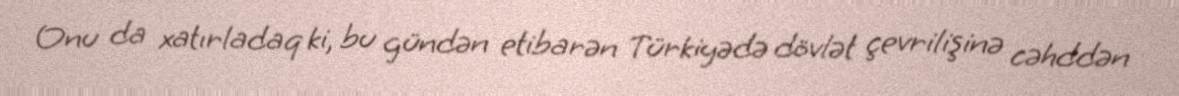
Onu da xatırladaq ki, bu gündən etibarən Türkiyədə dövlət çevrilişinə cəhddən